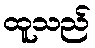
ထူသည်